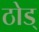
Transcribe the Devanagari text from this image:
ठोड्